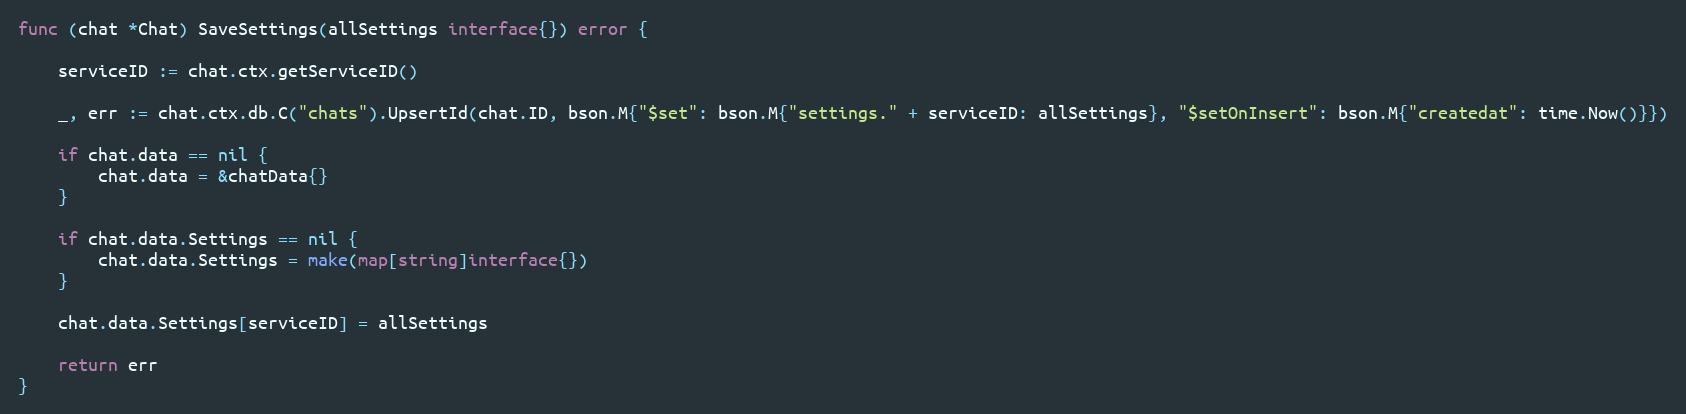
Language: Go
func (chat *Chat) SaveSettings(allSettings interface{}) error {

	serviceID := chat.ctx.getServiceID()

	_, err := chat.ctx.db.C("chats").UpsertId(chat.ID, bson.M{"$set": bson.M{"settings." + serviceID: allSettings}, "$setOnInsert": bson.M{"createdat": time.Now()}})

	if chat.data == nil {
		chat.data = &chatData{}
	}

	if chat.data.Settings == nil {
		chat.data.Settings = make(map[string]interface{})
	}

	chat.data.Settings[serviceID] = allSettings

	return err
}